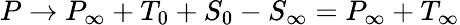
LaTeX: P\rightarrow P_{\infty}+T_{0}+S_{0}-S_{\infty}=P_{\infty}+T_{\infty}